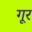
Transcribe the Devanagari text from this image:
गूर